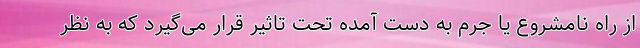
از راه نامشروع یا جرم به دست آمده تحت تاثیر قرار می‌گیرد که به نظر